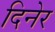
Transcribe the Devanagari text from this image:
दिनेर